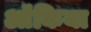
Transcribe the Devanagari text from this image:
ऑंकिया